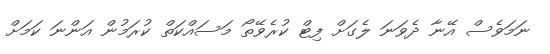
ނަމަވެސް އޭނާ ދެވަނަ ލެގަށް ފިޓް ކުރެވޭތޯ މަސައްކަތް ކުރަމުން އަންނަ ކަމަށް